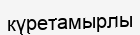
күретамырлы